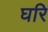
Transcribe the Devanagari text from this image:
घरि